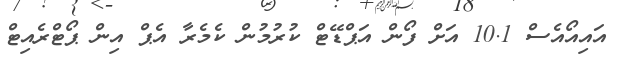
އައިއޯއެސް 10.1 އަށް ފޯން އަޕްޑޭޓް ކުރުމުން ކެމެރާ އެޕް އިން ޕޯޓްރެއިޓް